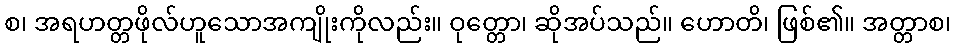
စ၊ အရဟတ္တဖိုလ်ဟူသောအကျိုးကိုလည်း။ ဝုတ္တော၊ ဆိုအပ်သည်။ ဟောတိ၊ ဖြစ်၏။ အတ္တာစ၊